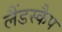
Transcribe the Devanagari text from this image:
लैंडस्कैप